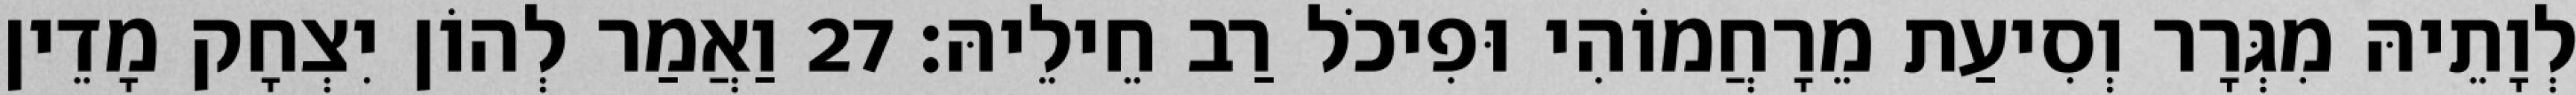
לְוָתֵיהּ מִגְּרָר וְסִיעַת מֵרָחֲמוֹהִי וּפִיכֹל רַב חֵילֵיהּ׃ 27 וַאֲמַר לְהוֹן יִצְחָק מָדֵין